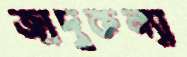
জাদুকন্যা